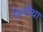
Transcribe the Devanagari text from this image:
गिनीथा